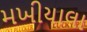
મખીયાલા